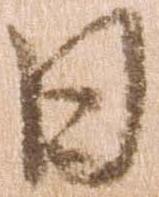
日